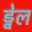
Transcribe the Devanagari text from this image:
ड्वेल